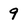
Character: 9